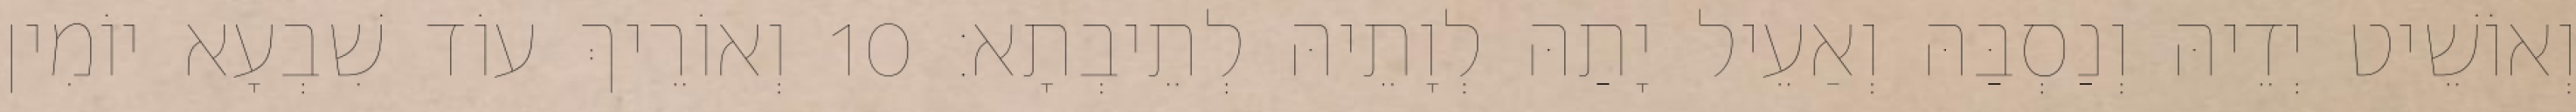
וְאוֹשֵׁיט יְדֵיהּ וְנַסְבַּהּ וְאַעֵיל יָתַהּ לְוָתֵיהּ לְתֵיבְתָא׃ 10 וְאוֹרֵיךְ עוֹד שִׁבְעָא יוֹמִין